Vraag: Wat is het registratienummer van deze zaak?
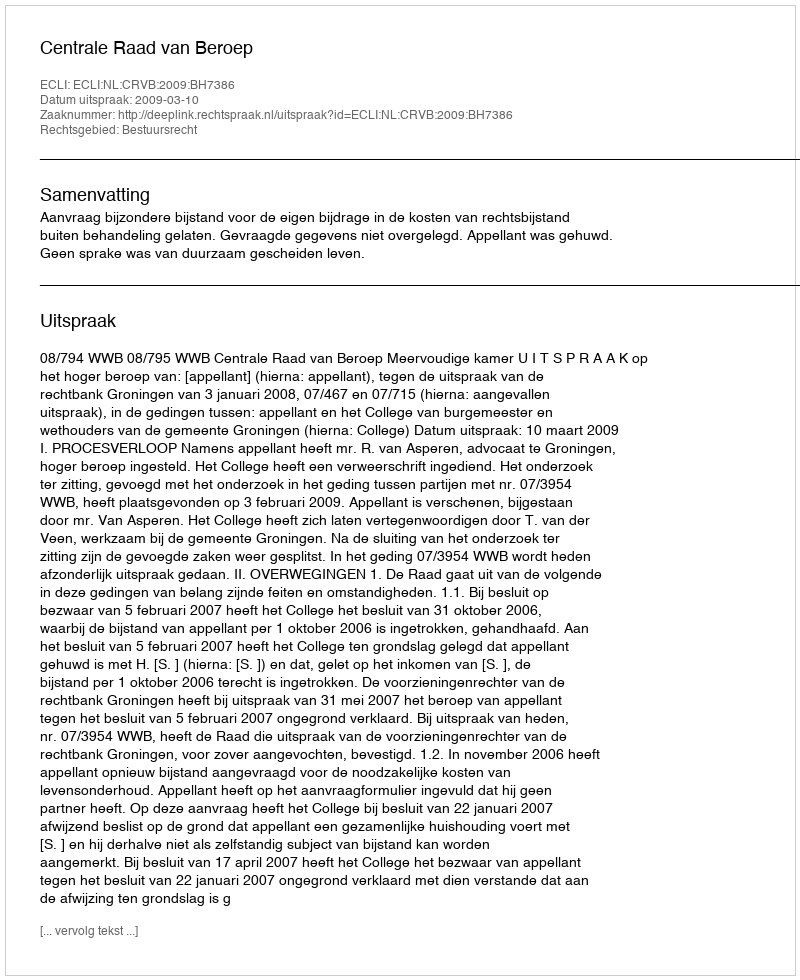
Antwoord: http://deeplink.rechtspraak.nl/uitspraak?id=ECLI:NL:CRVB:2009:BH7386